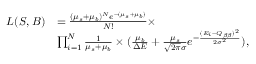
\begin{array} { r l } { L ( S , B ) } & { = \frac { ( \mu _ { s } + \mu _ { b } ) ^ { N } e ^ { - ( \mu _ { s } + \mu _ { b } ) } } { N ! } \times } \\ & { \prod _ { i = 1 } ^ { N } \frac { 1 } { \mu _ { s } + \mu _ { b } } \times ( \frac { \mu _ { b } } { \Delta E } + \frac { \mu _ { s } } { \sqrt { 2 \pi } \sigma } e ^ { - \frac { ( E _ { i } - Q _ { \beta \beta } ) ^ { 2 } } { 2 \sigma ^ { 2 } } } ) , } \end{array}